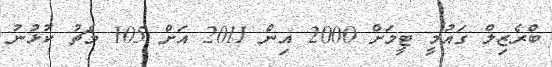
ބްރެޒިލް ގައުމީ ޓީމަށް 2000 އިން 2011 އަށް 105 މެޗު ކުޅުނު